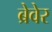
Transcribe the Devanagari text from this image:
ब्रेवेर